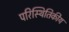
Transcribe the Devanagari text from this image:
परिस्थितिकीय